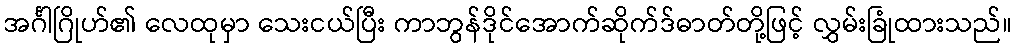
အင်္ဂါဂြိုဟ်၏ လေထုမှာ သေးငယ်ပြီး ကာဘွန်ဒိုင်အောက်ဆိုက်ဒ်ဓာတ်တို့ဖြင့် လွှမ်းခြုံထားသည်။